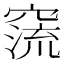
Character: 𥧕